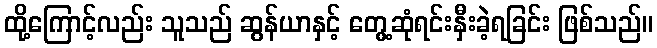
ထို့ကြောင့်လည်း သူသည် ဆွန်ယာနှင့် တွေ့ဆုံရင်းနှီးခဲ့ရခြင်း ဖြစ်သည်။